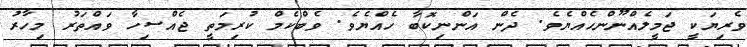
ވެރިޔަކީ ޖަމީލެއްނޫންހެއްޔެވެ. ދެން އަންނިކޮބާ ހެއްޔެވެ. ވެބްކެމް ކުރިމަތީ ޖެއްސިހާ ވައްތަރު މިހާރު